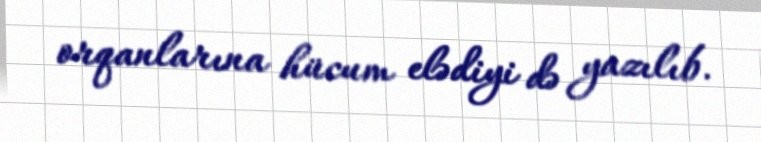
orqanlarına hücum elədiyi də yazılıb.